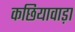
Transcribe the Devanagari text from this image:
कछियावाड़ा